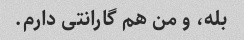
بله، و من هم گارانتی دارم.